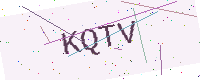
Text: KQTV